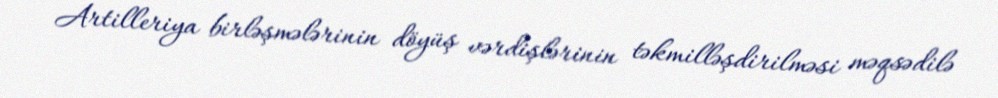
Artilleriya birləşmələrinin döyüş vərdişlərinin təkmilləşdirilməsi məqsədilə